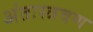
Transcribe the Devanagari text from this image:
अंतःस्त्रवण